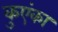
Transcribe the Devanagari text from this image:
कुएंका